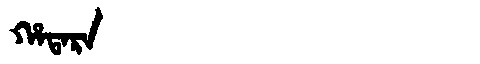
Manchu: ᡥᠠᡨᠠᡵᠠ
Romanization: HATARA